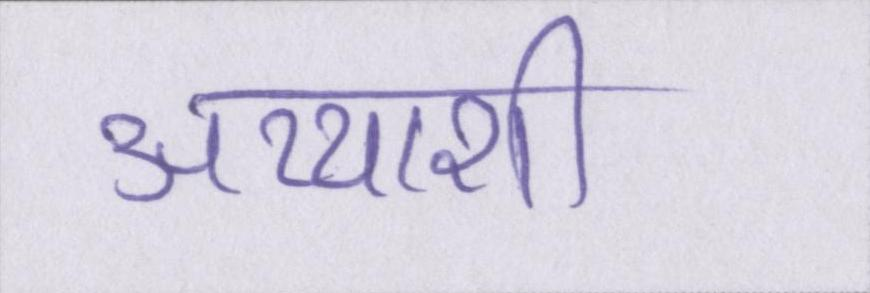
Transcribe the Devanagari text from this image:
अय्याशी